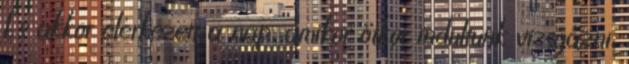
És akkor elérkezett a nap, amikor ötkor indultunk vizsgázni.